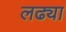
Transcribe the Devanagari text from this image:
लढ्या